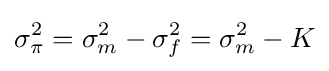
\sigma _{\pi }^{2}=\sigma _{m}^{2}-\sigma _{f}^{2}=\sigma _{m}^{2}-K